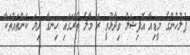
ފުލުހުންގެ މީޑިއާ އޮފިޝަލް ވިދާޅުވީ ރޭ މާލެ ތެރޭގައި ހިނގާ ދިޔަ ކަންތައްތަކާ